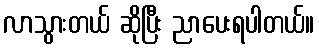
လာသွားတယ် ဆိုပြီး ညာပေးရပါတယ်။